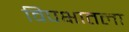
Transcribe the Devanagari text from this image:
विपक्षातला